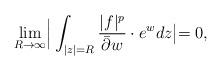
LaTeX: \begin{align*}\lim_{R\to\infty}\Bigr|\int_{|z|=R}\frac{|f|^p}{\bar{\partial}w}\cdot e^wdz\bigl|=0,\end{align*}